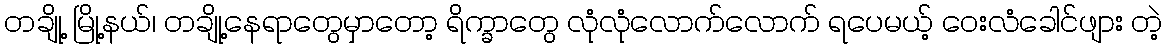
တချို့ မြို့နယ်၊ တချို့နေရာတွေမှာတော့ ရိက္ခာတွေ လုံလုံလောက်လောက် ရပေမယ့် ဝေးလံခေါင်ဖျား တဲ့